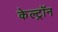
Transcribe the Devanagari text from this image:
केल्ट्रॉन